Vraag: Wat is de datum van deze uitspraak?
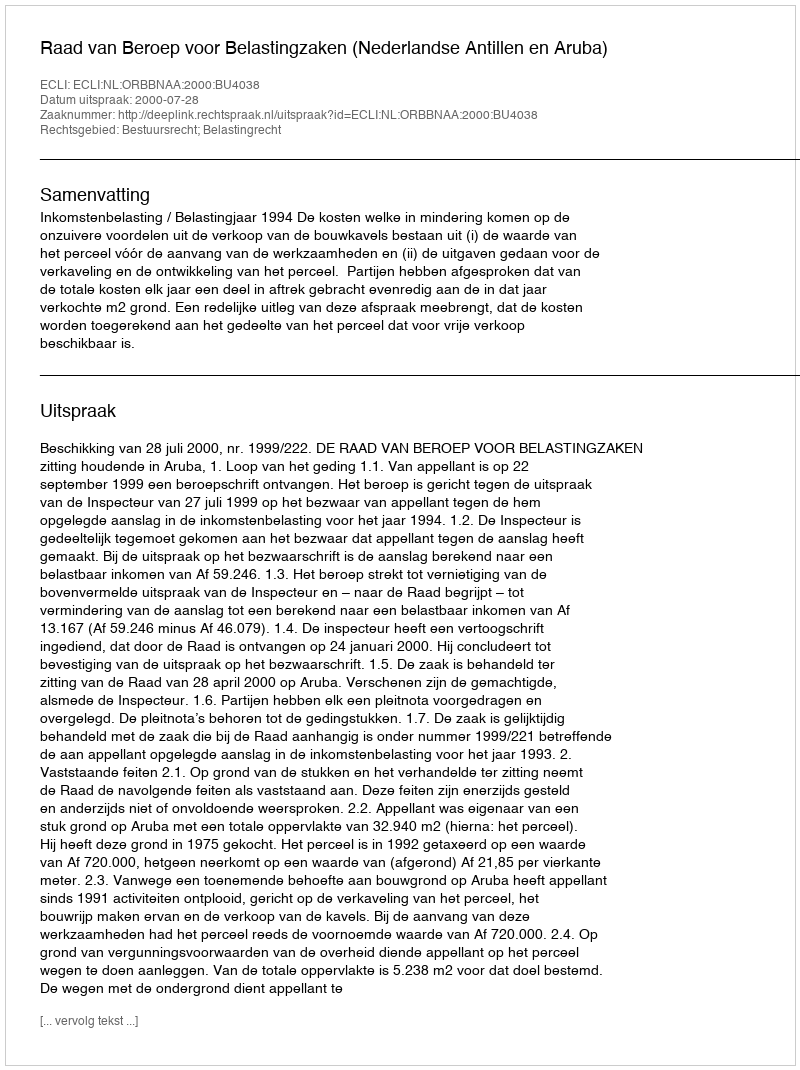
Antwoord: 2000-07-28